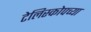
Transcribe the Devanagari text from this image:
टेलिस्कोपच्या